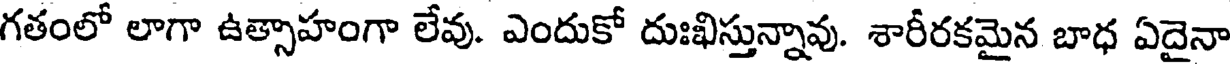
గతంలో లాగా ఉత్సాహంగా లేవు. ఎందుకో దుఃఖిస్తున్నావు. శారీరకమైన బాధ ఏదైనా